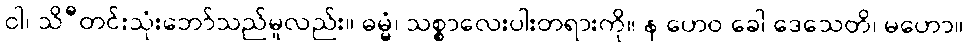
ဝါ၊ သိီတင်းသုံးဘော်သည်မူလည်း။ ဓမ္မံ၊ သစ္စာလေးပါးတရားကို။ န ဟေဝ ခေါ ဒေသေတိ၊ မဟော။